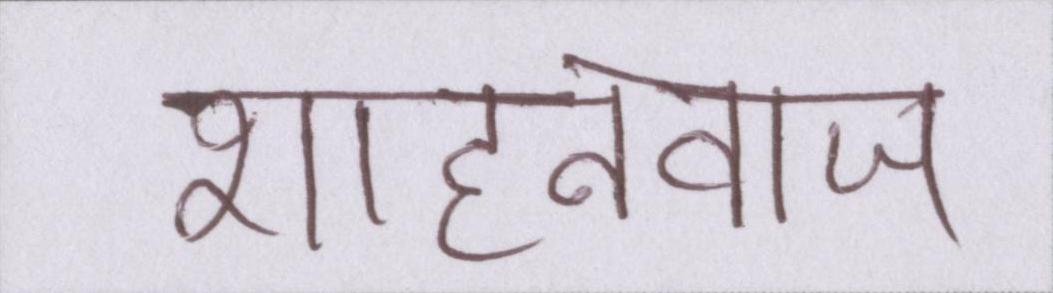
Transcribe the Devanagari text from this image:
शाहनवाज